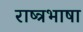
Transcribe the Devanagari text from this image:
राष्त्रभाषा